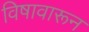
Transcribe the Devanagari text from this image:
विषावारून